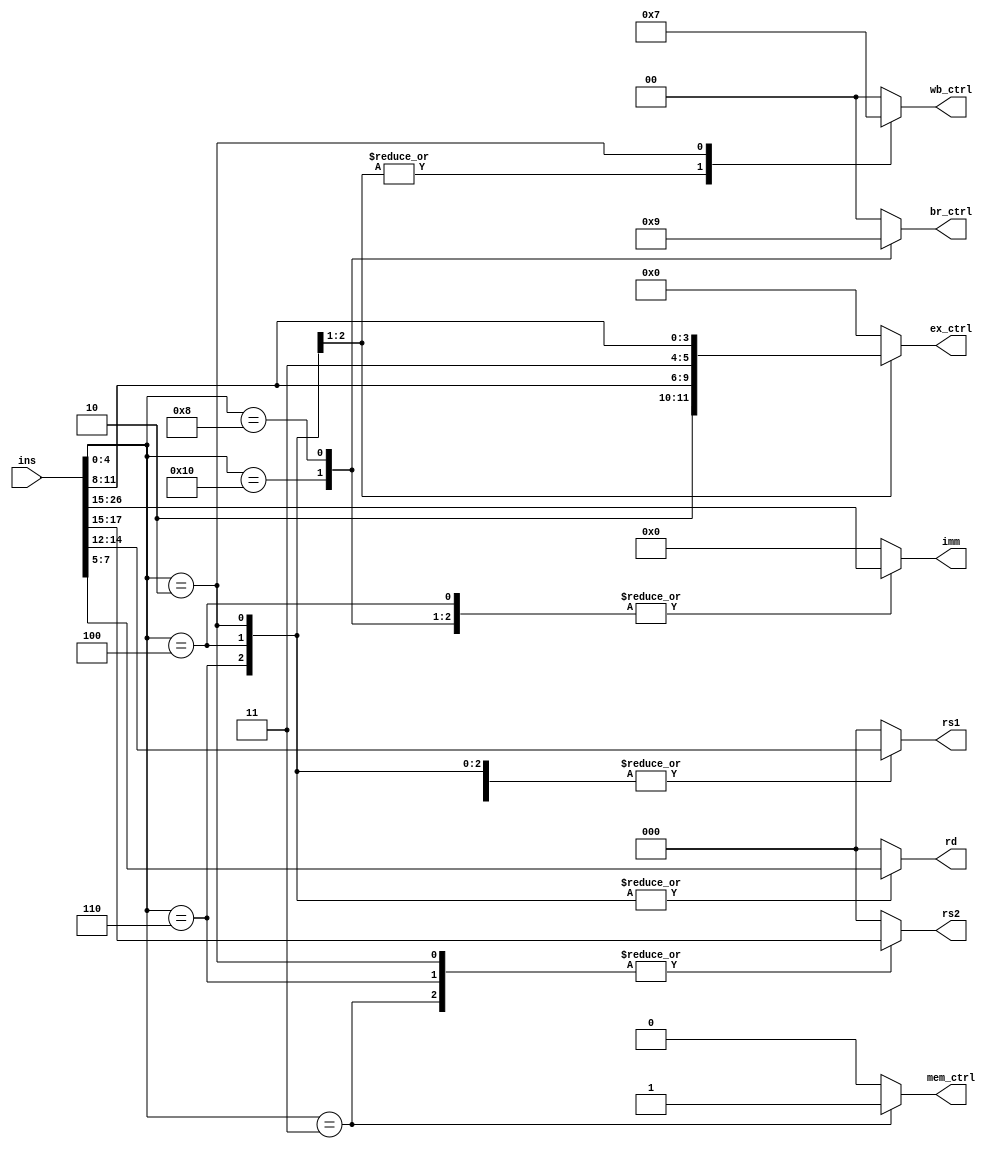
`timescale 1ns / 1ps
//////////////////////////////////////////////////////////////////////////////////
// Company: 
// Engineer: 
// 
// Design Name: 
// Module Name:    decoder 
// Project Name: 
// Target Devices: 
// Tool versions: 
// Description: 
//
// Dependencies: 
//
// Revision: 
// Revision 0.01 - File Created
// Additional Comments: 
//
//////////////////////////////////////////////////////////////////////////////////
module decoder(
		input 	[31:0] 	ins,
		output 	[2:0] 	rd,
		output 	[2:0] 	rs1,
		output 	[2:0] 	rs2,
		output 	[11:0] 	imm,
		output 	[5:0] 	ex_ctrl,
		output 				mem_ctrl,
		output 	[1:0] 	wb_ctrl,
		output	[1:0]		br_ctrl
    );
	 
	 localparam ALU 	= 5'b00110;
	 localparam ALUI 	= 5'b00100;
	 localparam LW 	= 5'b00010;
	 localparam SW 	= 5'b00011;
	 localparam BEZ	= 5'b10000;
	 localparam BNEZ	= 5'b01000;
	 
	 reg [2:0] rd_out;
	 assign rd = rd_out;
	 reg [2:0] rs1_out;
	 assign rs1 = rs1_out;
	 reg [2:0] rs2_out;
	 assign rs2 = rs2_out;
	 reg [11:0] imm_out;
	 assign imm = imm_out;
	 reg [5:0] ex_ctrl_out;
	 assign ex_ctrl = ex_ctrl_out;
	 reg mem_ctrl_out;
	 assign mem_ctrl = mem_ctrl_out;
	 reg [1:0] wb_ctrl_out;
	 assign wb_ctrl = wb_ctrl_out;
	 reg [1:0] br_ctrl_out;
	 assign br_ctrl = br_ctrl_out;
	 
	 
	 always @(*)
	 begin
		case (ins[4:0])
			ALU: begin
				rd_out = ins[7:5];
				rs1_out = ins[14:12];
				rs2_out = ins[17:15];
				imm_out = 0;
				
				ex_ctrl_out = {2'b10, ins[11:8]};
				mem_ctrl_out = 0;
				wb_ctrl_out = 2'b01;
				br_ctrl_out = 2'b00;
			end
			ALUI: begin
				rd_out = ins[7:5];
				rs1_out = ins[14:12];
				rs2_out = 0;
				imm_out = ins[26:15];
				
				ex_ctrl_out = {2'b11, ins[11:8]};
				mem_ctrl_out = 0;
				wb_ctrl_out = 2'b01;
				br_ctrl_out = 2'b00;
			end
			LW: begin
				rd_out = ins[7:5];
				rs1_out = ins[14:12];
				rs2_out = ins[17:15];
				imm_out = 0;
				
				ex_ctrl_out = 0;
				mem_ctrl_out = 0;
				wb_ctrl_out = 2'b11;
				br_ctrl_out = 2'b00;
			end
			SW: begin
				rd_out = 0;
				rs1_out = ins[14:12];
				rs2_out = ins[17:15];
				imm_out = 0;
				
				ex_ctrl_out = 0;
				mem_ctrl_out = 1;
				wb_ctrl_out = 2'b00;
				br_ctrl_out = 2'b00;
			end
			BEZ: begin
				rd_out = 0;
				rs1_out = ins[14:12];
				rs2_out = 0;
				imm_out = ins[26:15];
				
				ex_ctrl_out = 0;
				mem_ctrl_out = 0;
				wb_ctrl_out = 0;
				br_ctrl_out = 2'b10;
			end
			BNEZ: begin
				rd_out = 0;
				rs1_out = ins[14:12];
				rs2_out = 0;
				imm_out = ins[26:15];
				
				ex_ctrl_out = 0;
				mem_ctrl_out = 0;
				wb_ctrl_out = 0;
				br_ctrl_out = 2'b01;
			end
			default: begin
				rd_out = 0;
				rs1_out = 0;
				rs2_out = 0;
				imm_out = 0;
				
				ex_ctrl_out = 0;
				mem_ctrl_out = 0;
				wb_ctrl_out = 0;
				br_ctrl_out = 0;
			end
		endcase
	 end

endmodule